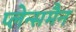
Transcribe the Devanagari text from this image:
प्लेन्समैन